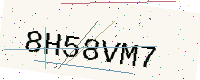
Text: 8H58VM7